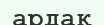
ардақ